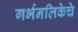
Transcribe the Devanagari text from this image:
गर्भनलिकेचे